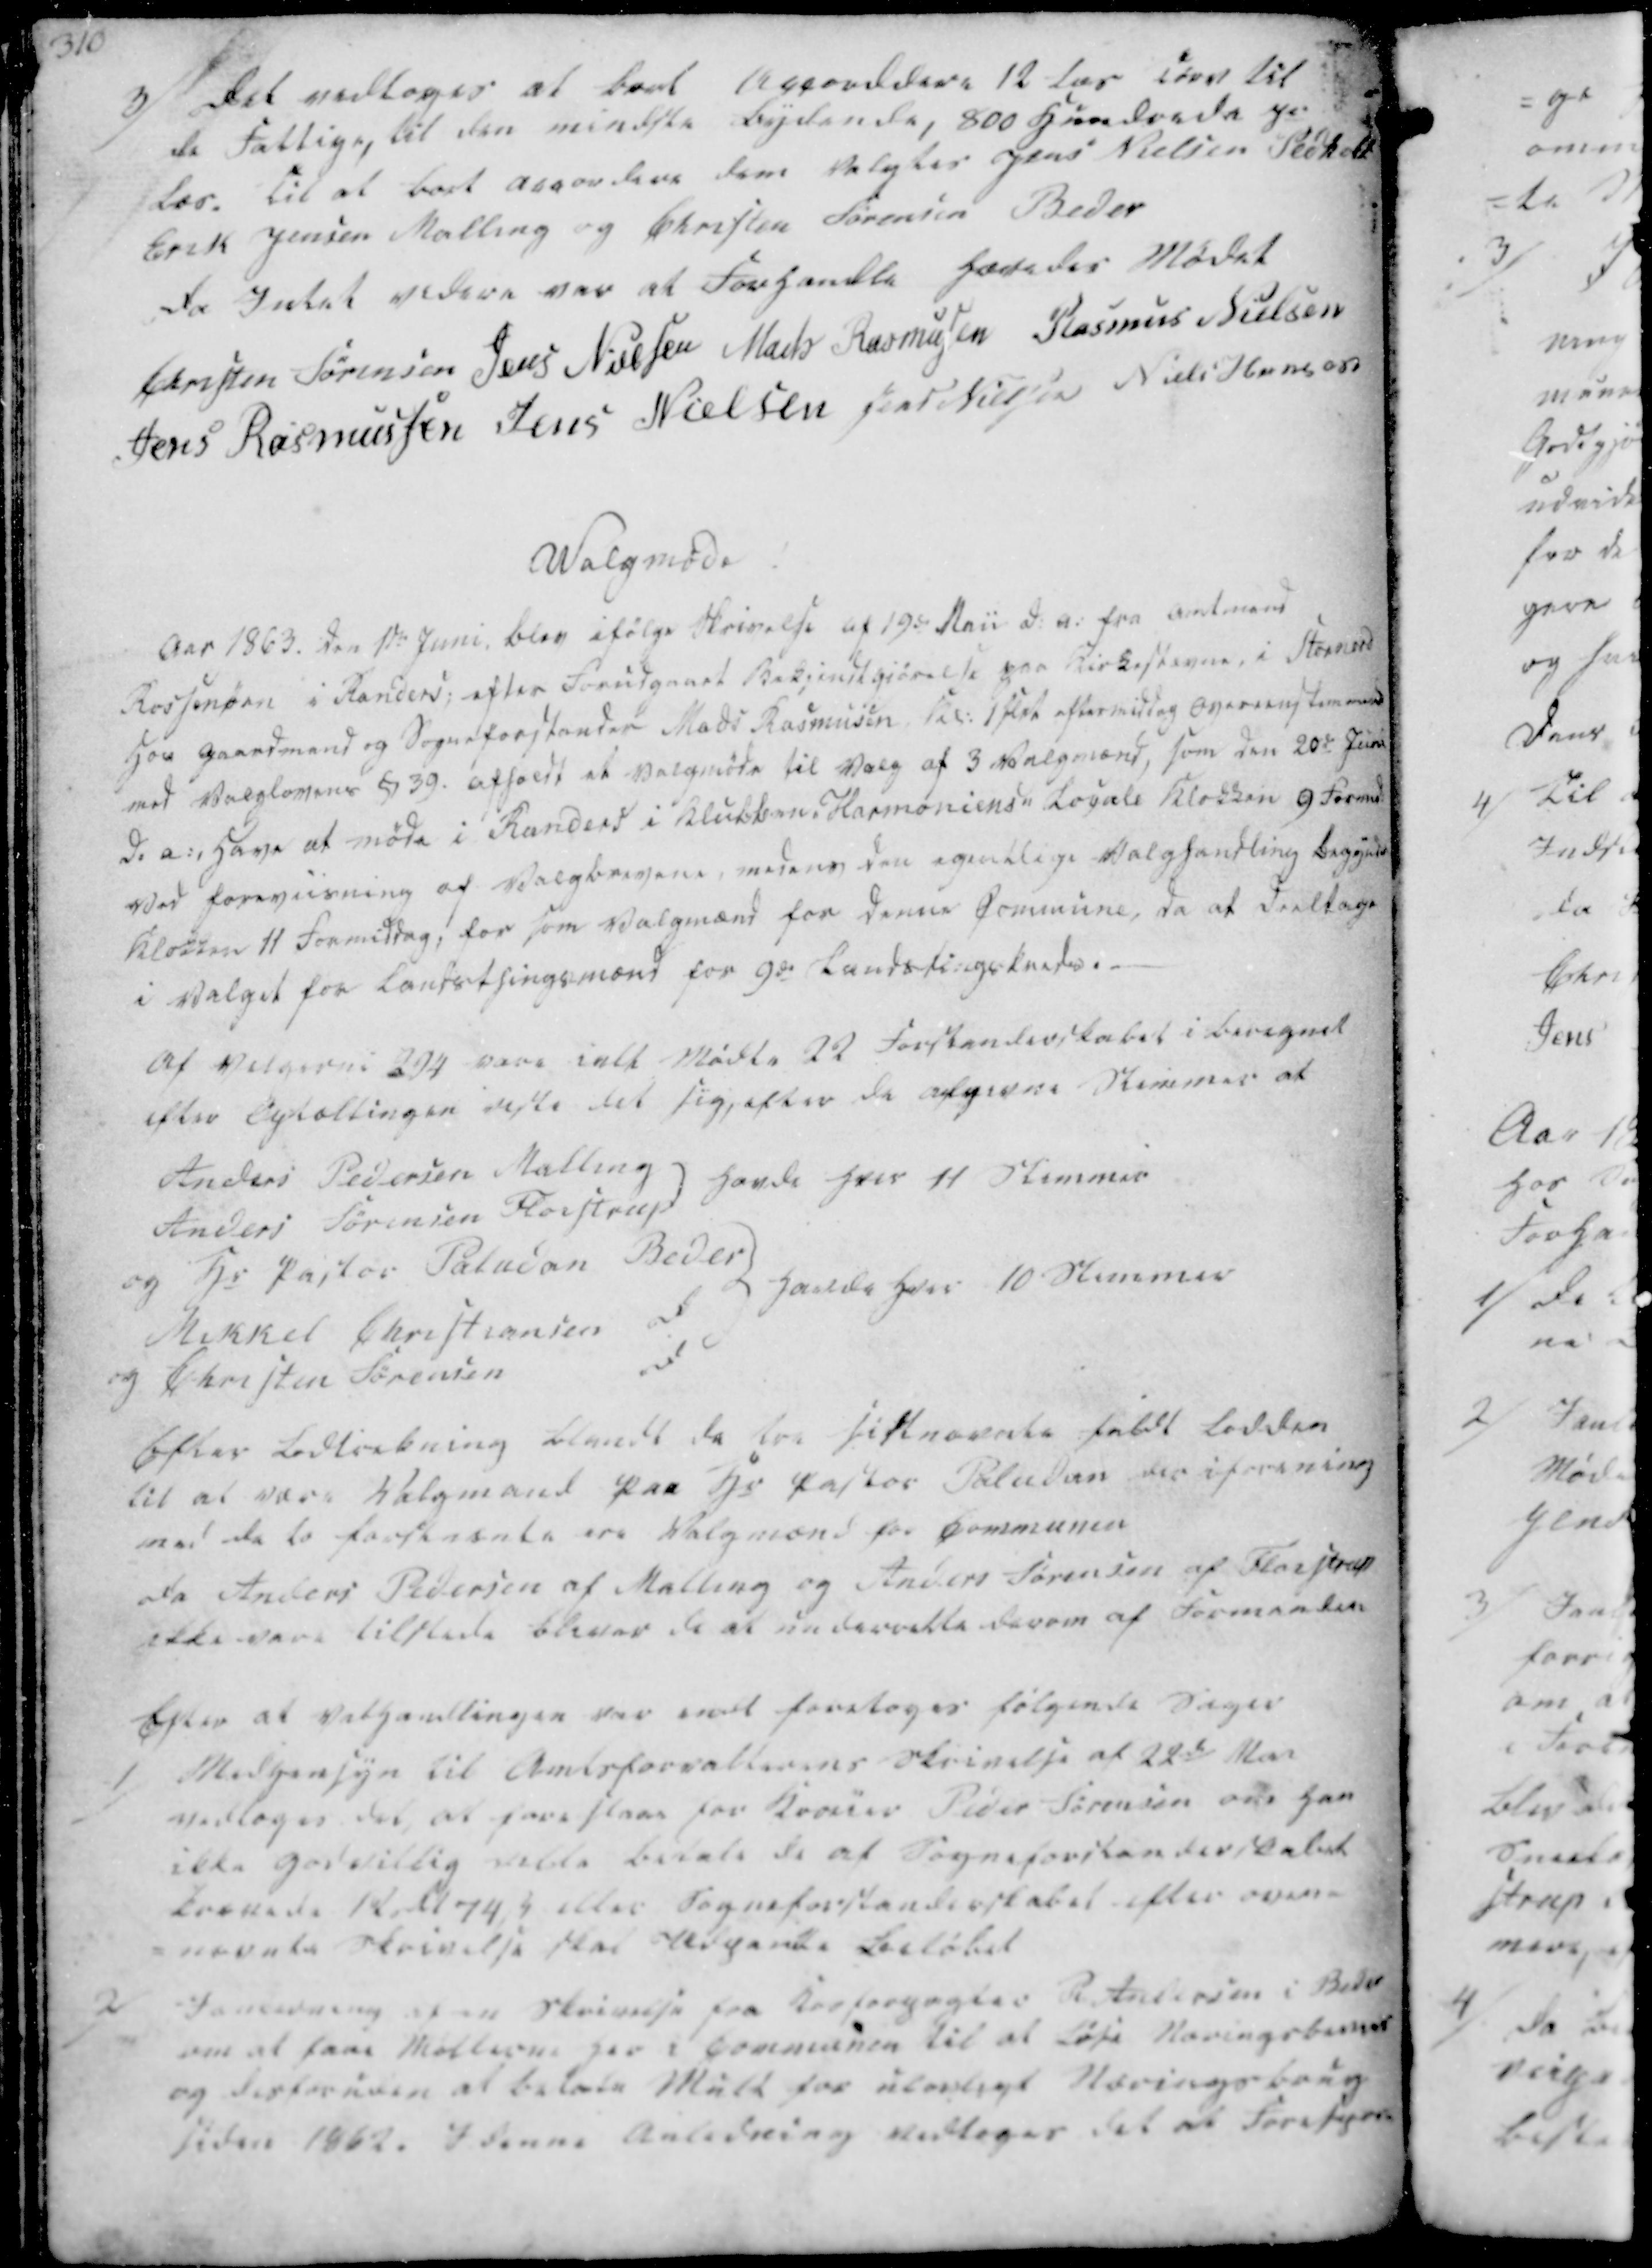
Transskription:
3/ Det vedtoges at bort Accorddere 12 læs korn til
de Fattige, til den mindste bydende, 800 Hundrede pr
Læs. Til at bort accordere dem Valgtes Jens Nielsen Pedholt
Erik Jensen Malling og Christen Sørensen Beder

Da Intet videre var at Forhandle hævedes Mødet
Christen Sørensen
Jens Nielsen
Mads Rasmussen
Rasmus Nielsen
Jens Rasmussen
Jens Nielsen
Jens Nielsen
Niels Hansen

Walgmøde

Aar 1863. Den 1ste Juni, blev ifølge Skrivelse af 19de Maii d. a. fra Amtmand
Rossensen i Randers; efter Forudgaaet Bekjendtgjørelse paa Kirkestevne, i Stornord
Hos Gaardmand og Sogneforstander Mads Rasmussen. Kl. 1 slet eftermiddag Overeenstemmende
med Valglovens § 39, afholdt et Valgmøde til Valg af 3 Valgmænd, som den 20de Juni
d. a. Have at møde i Randers i Klubben "Harmoniens" Locale Klokken 9 Formd
Ved foreviisning af Valgbrevene, medens den egentlige Valghandling begynde
Klokken 11 Formiddag, for som Valgmænd for denne Commune, da at Deeltage
i Valget for Landsthingsmænd for 9de Landstingskreds.

Af Velgerne 294 vare ialt Mødte 22 Forstanderskabet i beregnet
efter Optællingen viste det sig, efter de afgivne Stemmer at

Anders Pedersen Malling
Anders Sørensen Fløistrup
havde hver 11 Stemmer
og Hr Pastor Paludan Beder
Mikkel Christiansen d
og Christen Sørensen
d
Havde hver 10 Stemmer

Efter Lodtrekning blandt de tre sidstnævnte faldt Lodden
til at være Valgmand paa Hr Pastor Paludan der iforening
med de to forstnevnte ere Valgmænd for Communen
Da Anders Pedersen af Malling og Anders Sørensen af Fløistrup
ikke vare tilstede bliver de at underrette derom af Formanden

Efter at Valhandlingen var endt foretoges følgende Sager
1/
Medhensyn til Amtsforvalterens Skrivelse af 22de Mai
vedtoges det, at foreslaae for Kroeier Peder Sørensen om han
ikke godvillig ville betale de af Sogneforstanderskabet
krævede 12 Rd 74 ẞ eller Sogneforstanderskabet efter oven-
nævnte Skrivelse skal Vedpante Beløbet

2/
Ianledning af en Skrivelse fra Kornforpagter P. Andersen i Beder
om at faae Møllerne her i Cormunen til at løse Næringsbreves
og desforuden at betale Mult for ulovligt Næringsbrug
siden 1862. I denne Anledning vedtoges det at Forespør-